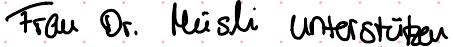
Frau Dr. Müsli unterstützen